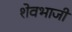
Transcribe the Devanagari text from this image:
शेवभाजी